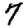
Digit: 7